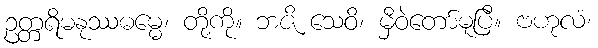
ဥတ္တရိမနုဿဓမ္မေ၊ တို့ကို။ ဘဇိ သေဝိ၊ မှီဝဲတော်မူပြီ။ ဗဟုလံ၊